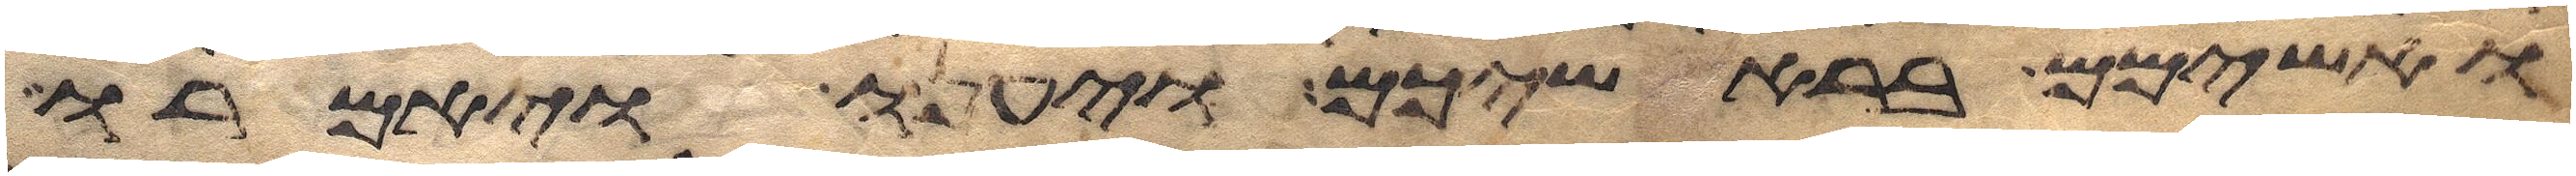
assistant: ואשימם בראשיכם ויענו ויאמרו